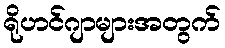
ရိုဟင်ဂျာများအတွက်